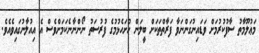
މަޢުލޫމާތު ސާފުކުރުމަށް ވަޑައިނުގަންނަވާ ފަރާތްތަކަށް ބީލަން ހުށަހެޅުމުގެ ފުރުސަތު ނޯންނާނެކަމަށްވެސް އެ އިއުލާނުގައިވެއެވެ.